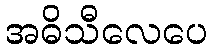
အဓိသီလေပေ